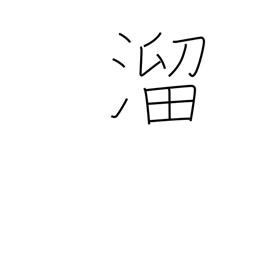
Meaning: collect